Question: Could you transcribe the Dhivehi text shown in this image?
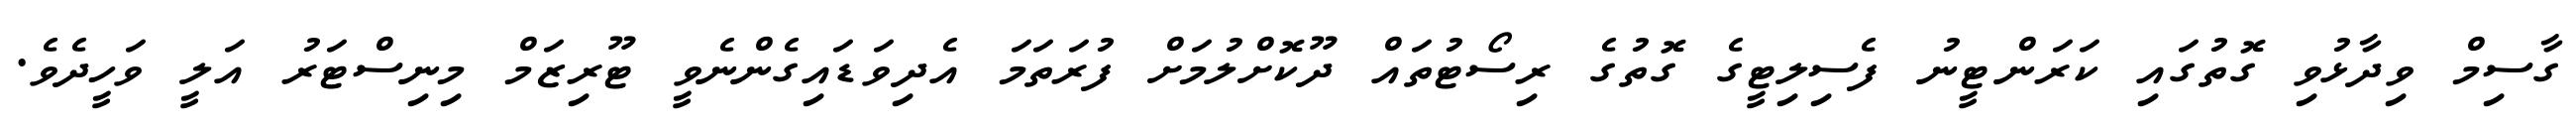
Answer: ގާސިމް ވިދާޅުވި ގޮތުގައި ކަރަންޓީނު ފެސިލިޓީގެ ގޮތުގެ ރިސޯޓުތައް ދޫކޮށްލުމަށް ފުރަތަމަ އެދިވަޑައިގެންނެވީ ޓޫރިޒަމް މިނިސްޓަރު އަލީ ވަހީދެވެ.